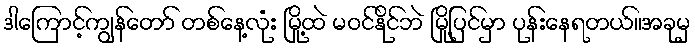
ဒါကြောင့်ကျွန်တော် တစ်နေ့လုံး မြို့ထဲ မဝင်နိုင်ဘဲ မြို့ပြင်မှာ ပုန်းနေရတယ်။အခုမှ